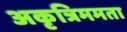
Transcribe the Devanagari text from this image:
अकृत्रिममता